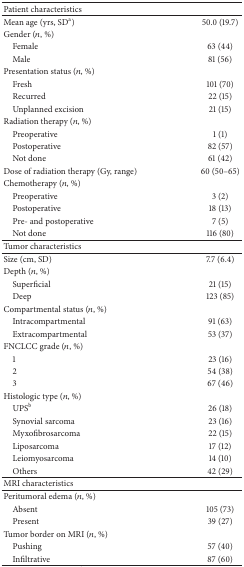
| Patient characteristics |  |
 | --- | --- |
 | Mean age (yrs, SDa) | 50.0 (19.7) |
 | Gender (n, %) |  |
 | Female | 63 (44) |
 | Male | 81 (56) |
 | Presentation status (n, %) |  |
 | Fresh | 101 (70) |
 | Recurred | 22 (15) |
 | Unplanned excision | 21 (15) |
 | Radiation therapy (n, %) |  |
 | Preoperative | 1 (1) |
 | Postoperative | 82 (57) |
 | Not done | 61 (42) |
 | Dose of radiation therapy (Gy, range) | 60 (50–65) |
 | Chemotherapy (n, %) |  |
 | Preoperative | 3 (2) |
 | Postoperative | 18 (13) |
 | Pre- and postoperative | 7 (5) |
 | Not done | 116 (80) |
 | Tumor characteristics |  |
 | Size (cm, SD) | 7.7 (6.4) |
 | Depth (n, %) |  |
 | Superficial | 21 (15) |
 | Deep | 123 (85) |
 | Compartmental status (n, %) |  |
 | Intracompartmental | 91 (63) |
 | Extracompartmental | 53 (37) |
 | FNCLCC grade (n, %) |  |
 | 1 | 23 (16) |
 | 2 | 54 (38) |
 | 3 | 67 (46) |
 | Histologic type (n, %) |  |
 | UPSb | 26 (18) |
 | Synovial sarcoma | 23 (16) |
 | Myxofibrosarcoma | 22 (15) |
 | Liposarcoma | 17 (12) |
 | Leiomyosarcoma | 14 (10) |
 | Others | 42 (29) |
 | MRI characteristics |  |
 | Peritumoral edema (n, %) |  |
 | Absent | 105 (73) |
 | Present | 39 (27) |
 | Tumor border on MRI (n, %) |  |
 | Pushing | 57 (40) |
 | Infiltrative | 87 (60) |